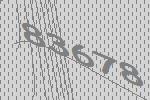
83678